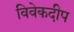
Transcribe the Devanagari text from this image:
विवेकदीप